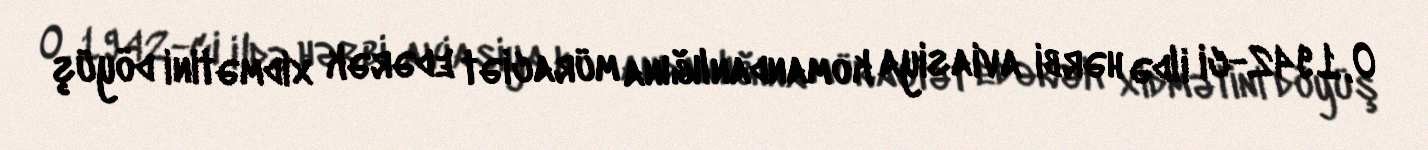
O, 1942-ci ildə hərbi aviasiya komandanlığına müraciət edərək xidmətini döyüş